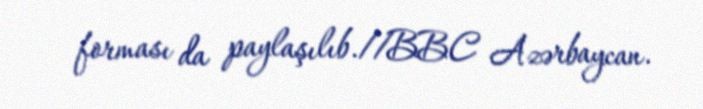
forması da paylaşılıb.//BBC Azərbaycan.